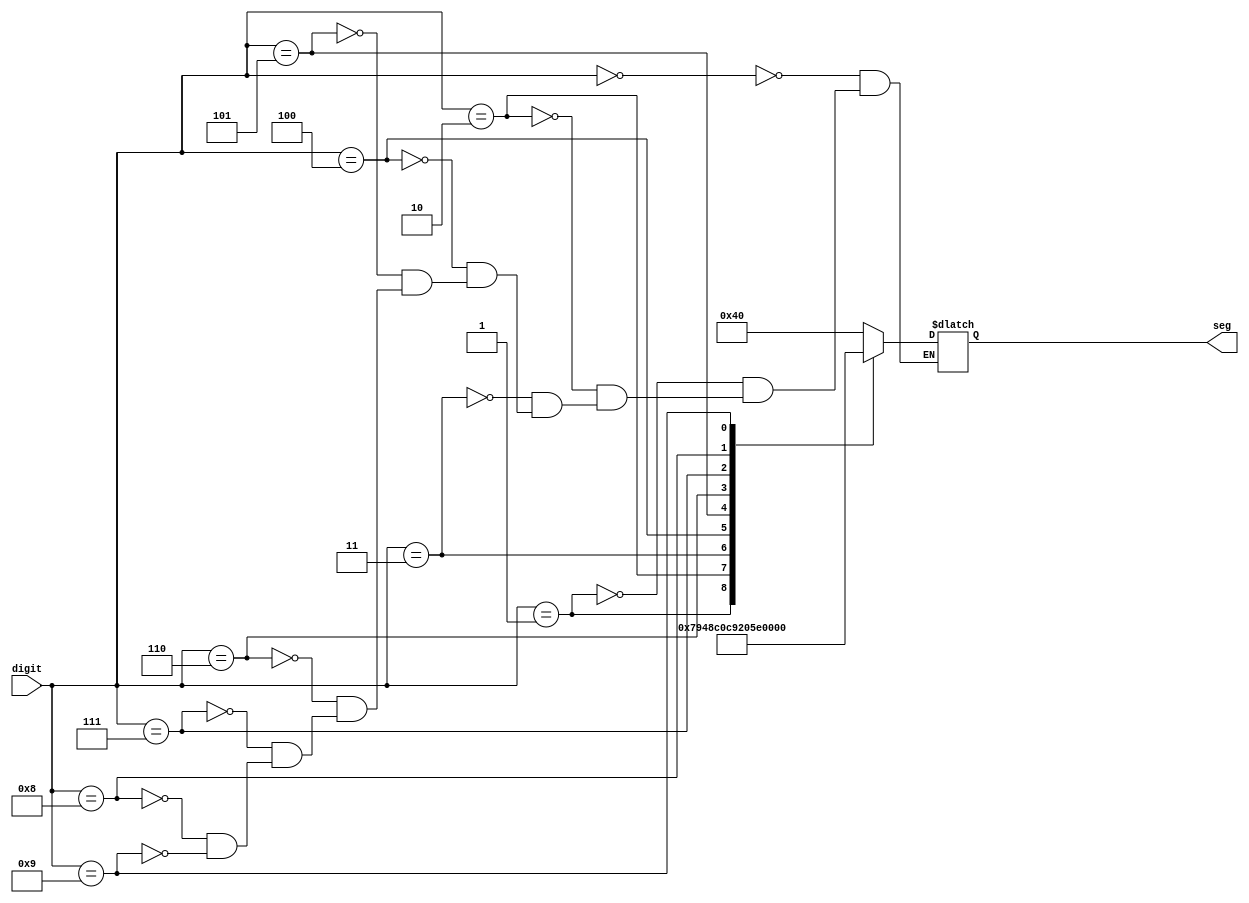
module seg7(digit, seg);
  input [3:0] digit;

  output [6:0] seg;

  reg [6:0] seg;

  always@(digit)
  begin  
    case(digit)
     4'b0000 : seg = 7'b1000000;
     4'b0001 : seg = 7'b1111001;
     4'b0010 : seg = 7'b0100100;
     4'b0011 : seg = 7'b0110000;
     4'b0100 : seg = 7'b0011001;
     4'b0101 : seg = 7'b0010010;
     4'b0110 : seg = 7'b0000010;
     4'b0111 : seg = 7'b1111000;
     4'b1000 : seg = 7'b0000000;
     4'b1001 : seg = 7'b0010000;
    endcase
  end
  
endmodule